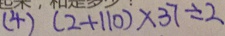
( 4 ) ( 2 + 1 1 0 ) \times 3 7 \div 2